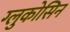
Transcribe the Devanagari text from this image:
ग्लुकोसिन